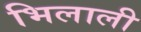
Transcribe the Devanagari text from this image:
भिलाली